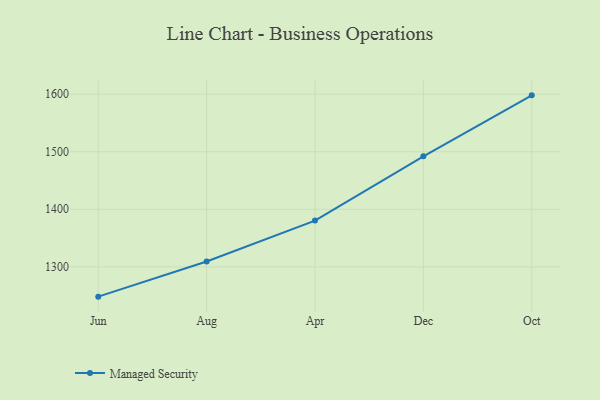
{"axis": {"x": "Month", "y": "Satisfaction Score"}, "legend": ["Managed Security"], "data": [{"x": "Jun", "y": 1248.2, "type": "Managed Security"}, {"x": "Aug", "y": 1309.2, "type": "Managed Security"}, {"x": "Apr", "y": 1380.4, "type": "Managed Security"}, {"x": "Dec", "y": 1492.0, "type": "Managed Security"}, {"x": "Oct", "y": 1598.0, "type": "Managed Security"}]}